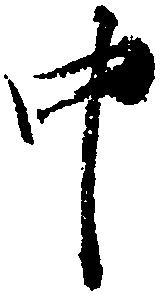
中